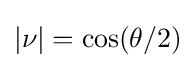
|\nu |=\cos(\theta /2)